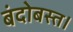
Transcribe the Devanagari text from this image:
बंदोबस्त।